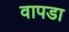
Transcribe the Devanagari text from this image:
वापडा